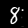
Label: 8